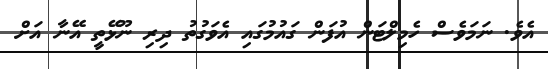
އެވެ. ނަމަވެސް ހެމިލްޓަން އުފަން ގައުމުގައި އެވަގުތު ދިރި ނޫޅޭތީ އޭނާ އަށް